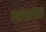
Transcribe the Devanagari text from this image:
आचार्‍या